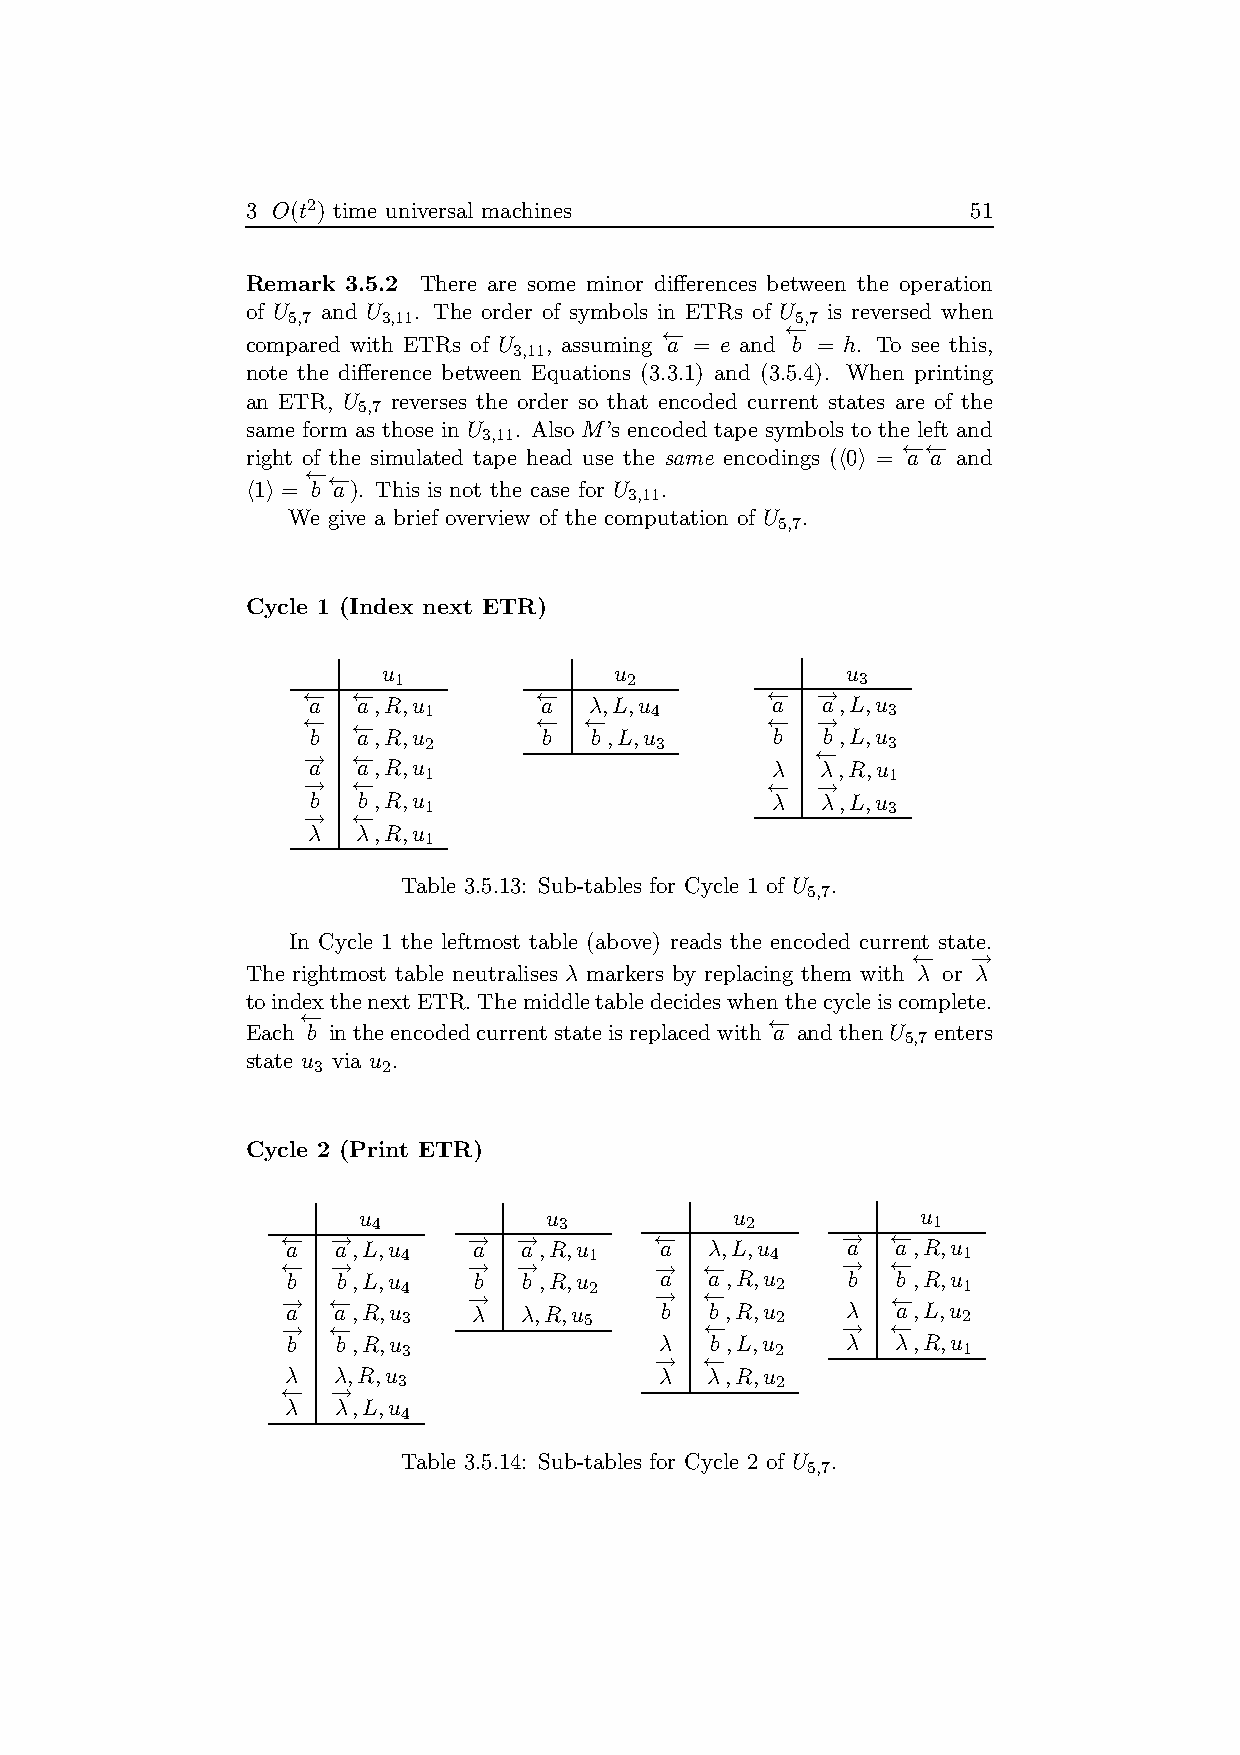
3 O(t2) time universal machines                 51
 Remark 3.5.2 There are some minor differences between the operation
 of U and U . The order of symbols in ETRs of U is reversed when
 5,7   3,11                        5,7
 ←−      ←−
 compared with ETRs of U , assuming a = e and b = h. To see this,
 3,11
 note the difference between Equations (3.3.1) and (3.5.4). When printing
 an ETR, U reverses the order so that encoded current states are of the
 5,7
 same form as those in U . Also M’s encoded tape symbols to the left and
 3,11
 ←−←−
 right of the simulated tape head use the same encodings (h0i = a a and
 ←−←−
 h1i = b a). This is not the case for U .
 3,11
 We give a brief overview of the computation of U .
 5,7
 Cycle 1 (Index next ETR)
 u               u              u
 1              2               3
 ←− ←−          ←−              ←− −→
 a   a,R,u       a  λ,L,u       a  a,L,u
 1              4               3
 ←− ←−          ←−  ←−          ←− −→
 b   a,R,u       b  b ,L,u      b  b ,L,u
 2              3               3
 −→ ←−                             ←−
 a   a,R,u                      λ  λ,R,u
 1                              1
 −→ ←−                          ←− −→
 b   b ,R,u                     λ  λ,L,u
 1                              3
 −→ ←−
 λ   λ,R,u
 1
 Table 3.5.13: Sub-tables for Cycle 1 of U .
 5,7
 In Cycle 1 the leftmost table (above) reads the encoded current state.
 ←−  −→
 The rightmost table neutralises λ markers by replacing them with λ or λ
 toindexthenextETR.Themiddletabledecideswhenthecycleiscomplete.
 ←−                             ←−
 Each b intheencodedcurrentstateisreplacedwith a andthenU enters
 5,7
 state u via u .
 3   2
 Cycle 2 (Print ETR)
 u 4         u 3          u 2         u 1
 ←− −→       −→ −→       ←−           −→ ←−
 a  a,L,u 4  a   a,R,u 1  a  λ,L,u 4  a  a,R,u 1
 ←− −→       −→ −→       −→  ←−       −→ ←−
 −→b ←−b ,L,u 4 −→b b ,R,u 2 −→a ←−a,R,u 2 b ←−b ,R,u 1
 −→a ←−a,R,u 3 λ λ,R,u 5  b  ←−b ,R,u 2 −→λ ←−a,L,u 2
 b  b ,R,u 3              λ  b ,L,u 2 λ  λ,R,u 1
 −→  ←−
 λ  λ,R,u                 λ  λ,R,u
 3                        2
 ←− −→
 λ  λ,L,u
 4
 Table 3.5.14: Sub-tables for Cycle 2 of U .
 5,7